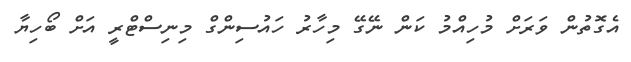
އެގޮތުން ވަރަށް މުހިއްމު ކަން ނޭގޭ މިހާރު ހައުސިންގް މިނިސްޓްރީ އަށް ބޯހިޔާ